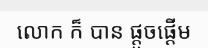
លោក ក៏ បាន ផ្តួចផ្តើម